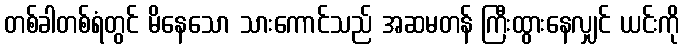
တစ်ခါတစ်ရံတွင် မိနေသော သားကောင်သည် အဆမတန် ကြီးထွားနေလျှင် ယင်းကို